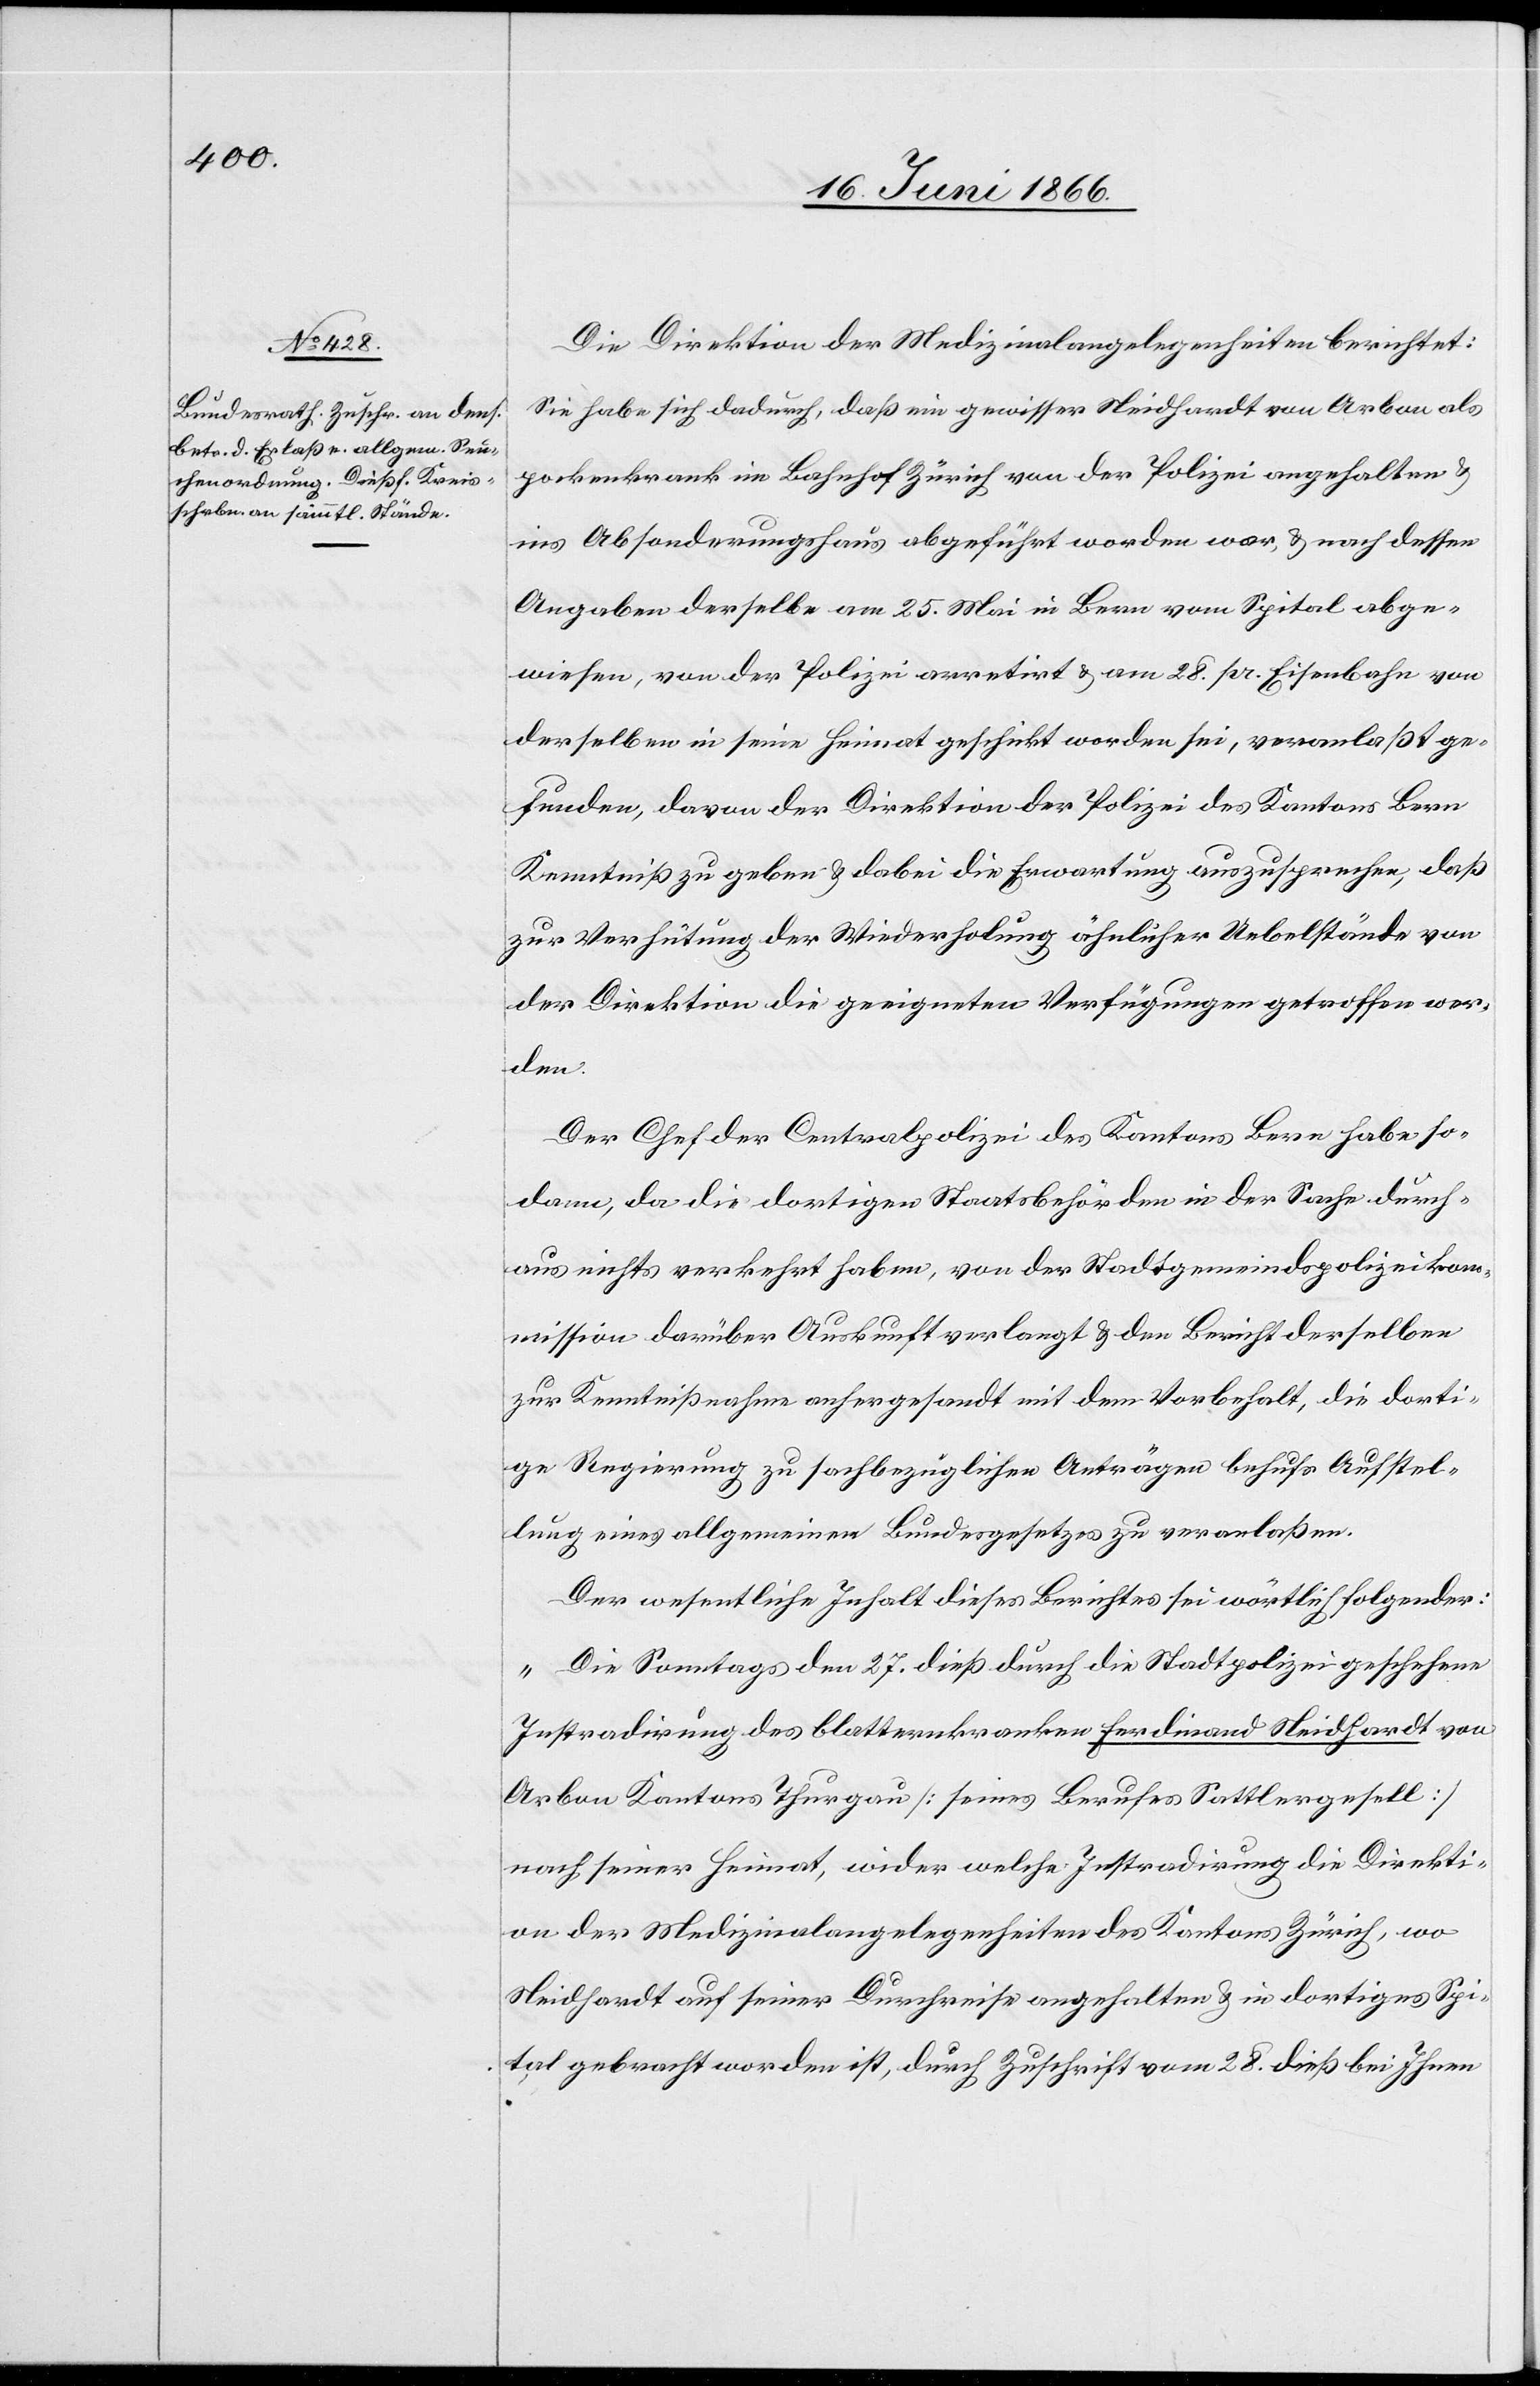
Die Direktion der Medizinalangelegenheiten berichtet:
Sie habe sich dadurch, daß ein gewisser Neidhardt von Arbon als
pockenkrank im Bahnhof Zürich von der Polizei angehalten u.
ins Absonderungshaus abgeführt worden war, u. nach dessen
Angaben derselbe am 25. Mai in Bern vom Spital abge¬
wiesen, von der Polizei arretirt u. am 28. pr. Eisenbahn von
derselben in seine Heimat geschickt worden sei, veranlaßt ge¬
funden, davon der Direktion der Polizei des Kantons Bern
Kenntniß zu geben u. dabei die Erwartung auszusprechen, daß
zur Verhütung der Wiederholung ähnlicher Uebelstände von
der Direktion die geeigneten Verfügungen getroffen wer¬
den.
Der Chef der Centralpolizei des Kantons Bern habe so¬
dann, da die dortige Staatsbehörde in der Sache durch¬
aus nichts verkehrt haben, von der Stadtgemeindspolizeikom¬
mission darüber Auskunft verlangt u. den Bericht derselben
zur Kenntnißnahme anhergesandt mit dem Vorbehalt, die dorti¬
ge Regierung zu sachbezüglichen Anträgen behufs Aufstel¬
lung eines allgemeinen Bundesgesetzes zu veranlaßen.
Der wesentliche Inhalt dieses Berichtes sei wörtlich folgender:
„Die Sonntags den 27. dieß durch die Stadtpolizei geschehene
Instradirung des blatternkranken Ferdinand Neidhardt von
Arbon Kantons Thurgau [seines Berufes Sattlergesell]
nach seiner Heimat, wider welche Instradirung die Direkti¬
on der Medizinalangelegenheiten des Kantons Zürich, wo
Neidhardt auf seiner Durchreise angehalten u. in dortiges Spi¬
tal gebracht worden ist, durch Zuschrift vom 28. dieß bei Ihnen